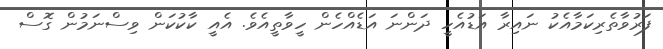
ފަރުވާތެރިކަމާއެކު ނައިރާ އަޑުއެހީ ދަންނަ އަޑެއްހެން ހީވާތީއެވެ. އެއީ ކާކުކަން ވިސްނަމުން ގޮސް